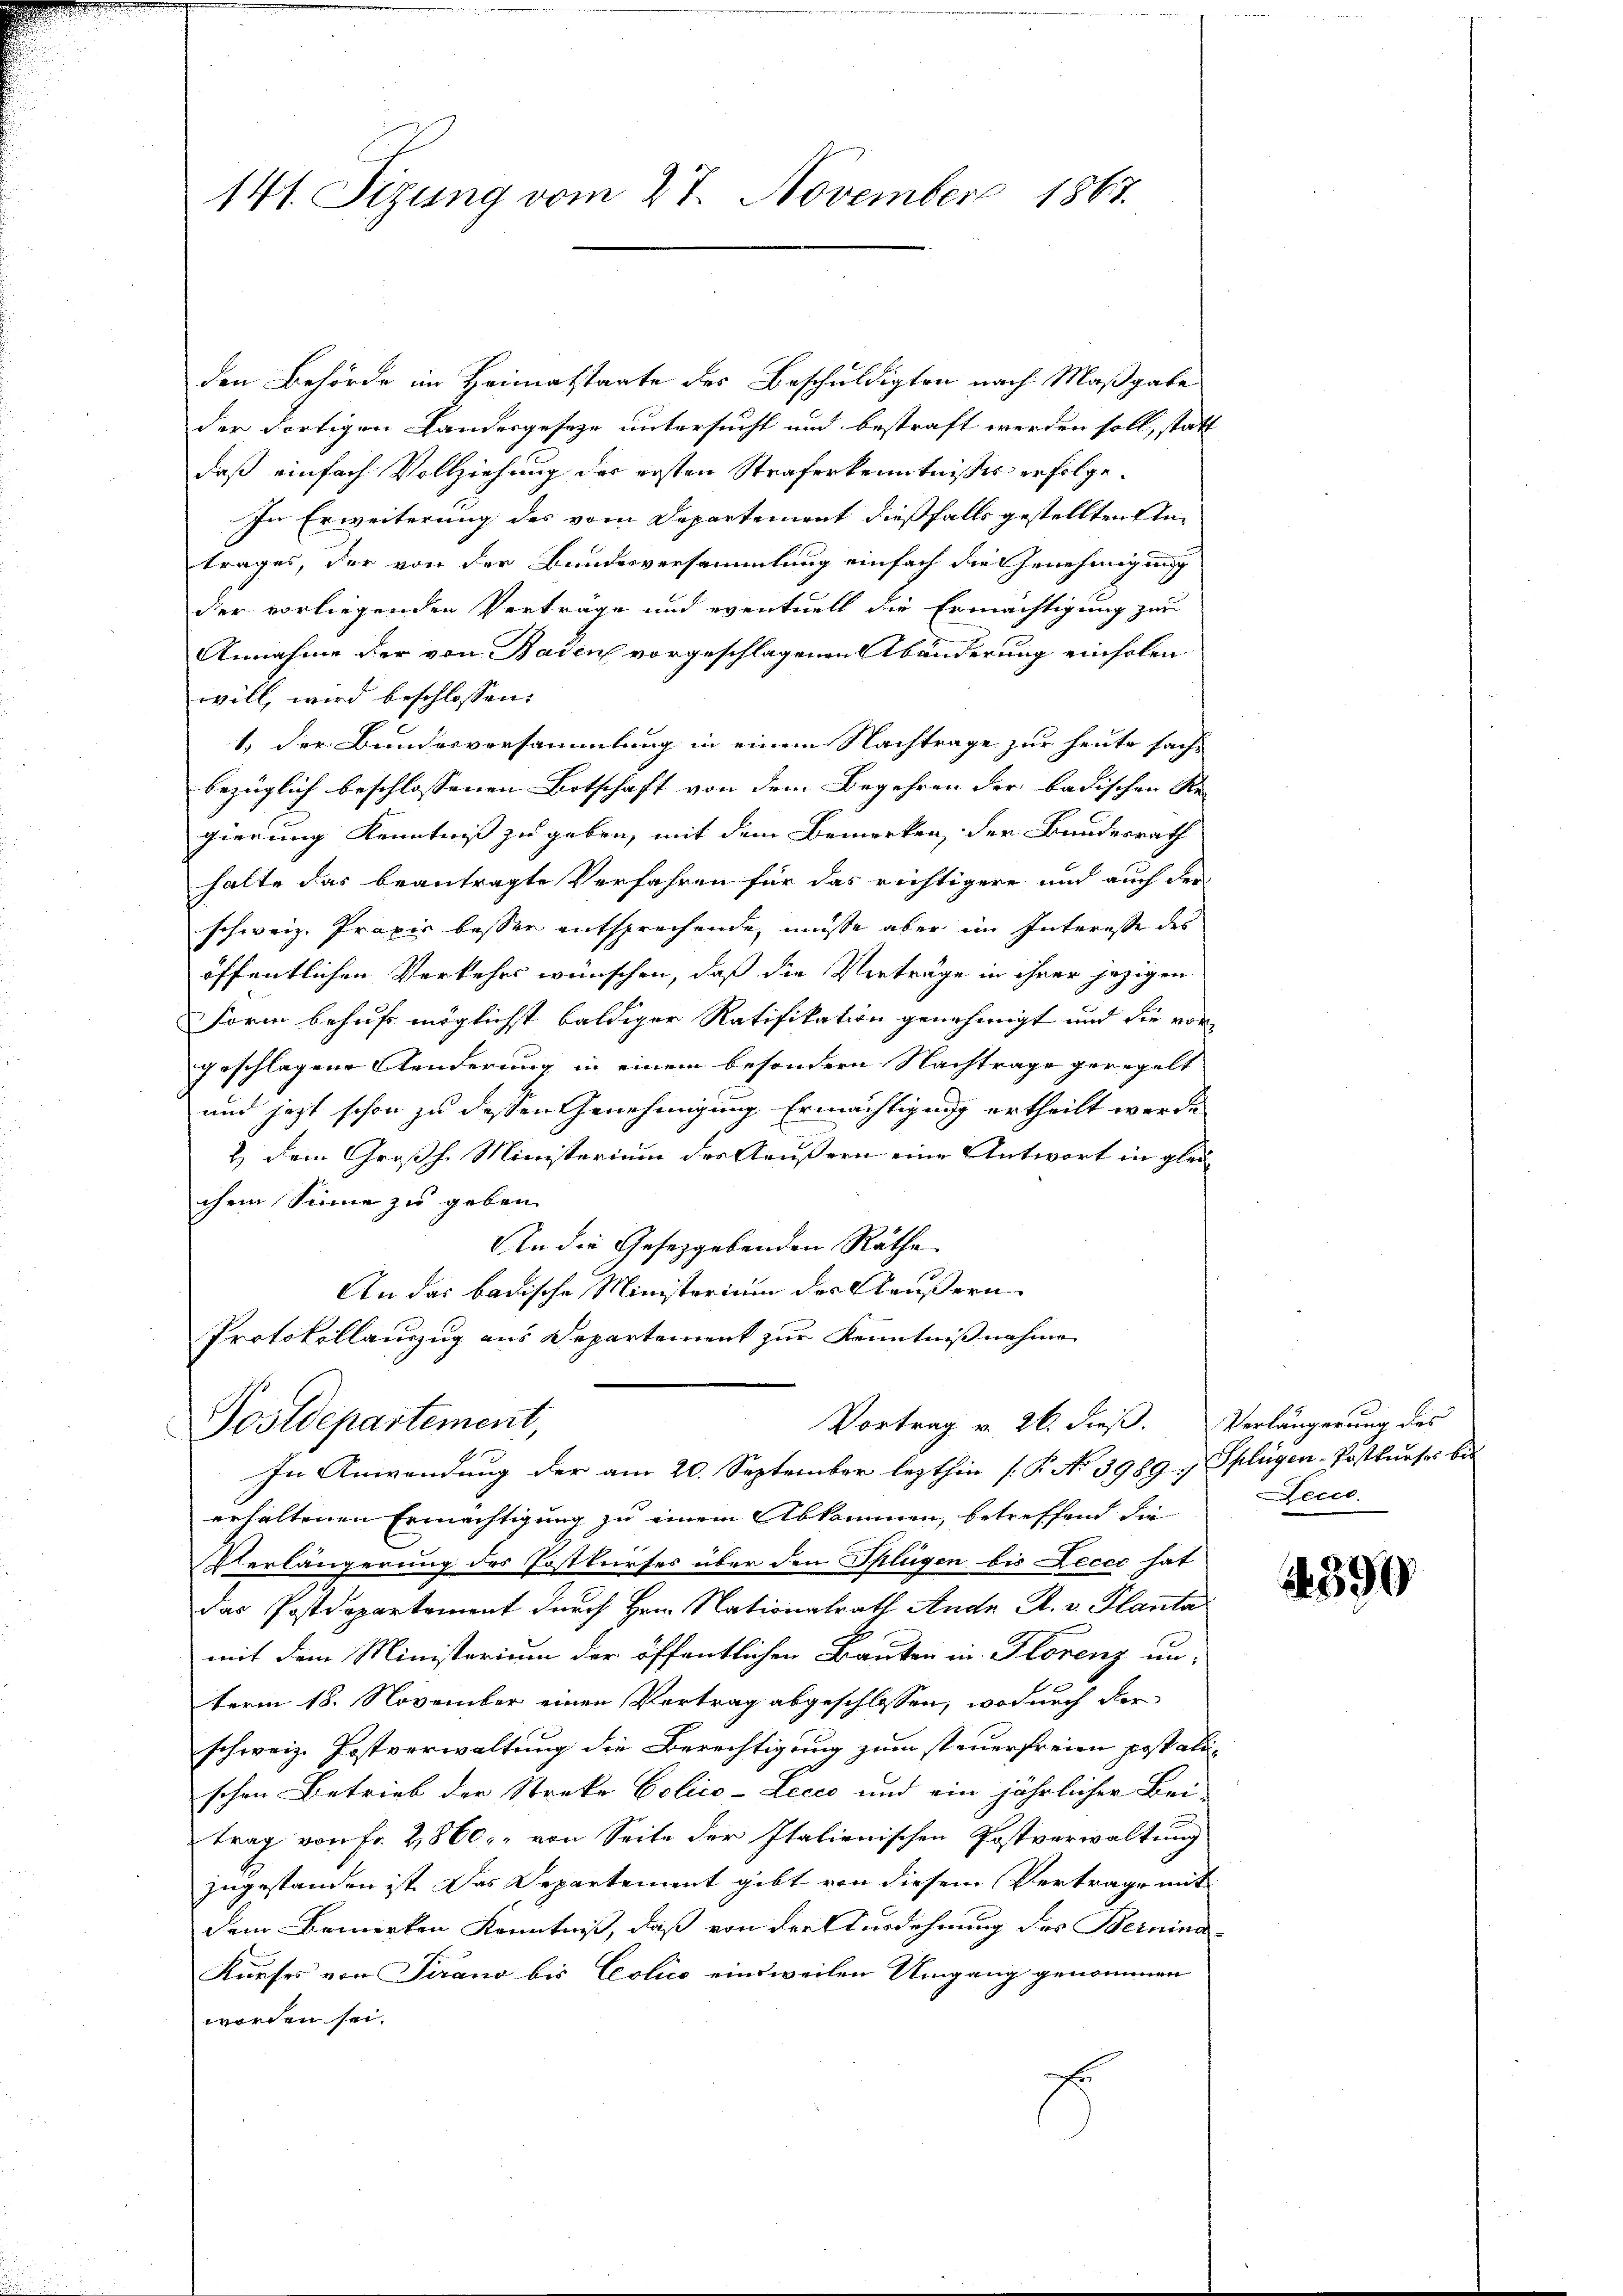
141. Sizung vom 27. November 1867.

den Behörde im Heimatstaate des Beschuldigten nach Maßgabe
der dortigen Landesgeseze untersucht und bestraft werden soll, statt
daß einfach Vollziehung des ersten Straferkenntnisses erfolge.
In Erweiterung des vom Departement dießfalls gestellten Untrages, der von der Bundesversammlung einfach die Genehmigung
der vorliegenden Verträge und eventuell die Ermächtigung zur
Annahme der von Baden vorgeschlagenen Abänderung einholen
will, wird beschlossen:
1.) Der Bundesversammlung in einem Nachtrage zur heute sach-
bezüglich beschlossenen Botschaft von dem Begehren der badischen Re- |
gierung Kenntniß zu geben, mit dem Bemerken, der Bundesrath
halte das beantragte Verfahren für das richtigere und auch der
schweiz. Praxis besser entsprechende, müsse aber im Interesse des
öffentlichen Verkehrs wünschen, daß die Verträge in ihrer jezigen
Form behuf möglichst baldiger Ratifikation genehmigt und die vor- |
geschlagene Aenderung in einem besondern Nachtrage geregelt
und jetzt schon zu dessen Genehmigung Ermächtigung ertheilt werde
2.) Dem Großh. Ministerium der Aeußern eine Antwort in glei
chen Sinne zu geben
In die Gesetzgebenden Räthe
An das badische Ministerium des Aeußern.
Protokollauszug aus Departement zur Kenntnißnahme
Postdepartement,
Vortrag v. 26. dieß.
In Anwendung der am 20. September lezthin (P No 3989. u Splügen-Postkurses be
erhaltenen Ermächtigung zu einem Abkommen, betreffend die
Verlängerung des Postkurses über den Splügen bis Leccc hat
das Postdepartement durch Hrn. Nationalrath Andr. A. v. Planta
mit dem Ministerium der öffentlichen Bauten in Florenz unterm 18. November einen Vertrag abgeschlossen, wodurch der
schweiz. Postverwaltung die Berechtigung zum steuerfreien postatischen Betrieb der Streke Polico-Lecco und ein jährlicher Bei-
trag von Fr. 2,860 von Seite der Italienischen Postverwaltung
zugestanden ist. Das Departement gibt von diesem Vertrage mit
dem Bemerken Kenntniß, daß von der Ausdehnung des Bernina-
Kueses von Serand bis Colico einsweilen Umgang genommen
worden sei.
E

Verlängerung des
Lecce

390